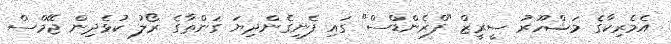
އެމެރިކާގެ މަޝްހޫރު ސީރީޒް "ފްރެންޑްސް" ގައި ފެނިގެންދިޔަ ގަންތާގެ ރޯލު ކުޅެދިން ޖޭމްސް